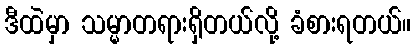
ဒီထဲမှာ သမ္မာတရားရှိတယ်လို့ ခံစားရတယ်။